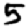
Digit: 5